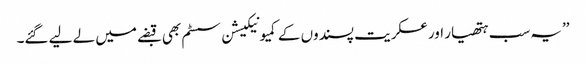
’’یہ سب ہتھیار اور عسکریت پسندوں کے کمیونیکیشن سسٹم بھی قبضے میں لے لیے گئے۔